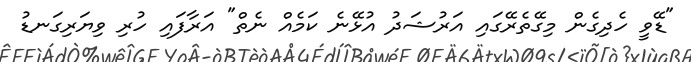
"ޑޭވީ ހެދިގެން މިގޭތެރޭގައި އަރުޝަދު އުޅޭނެ ކަމެއް ނެތް" އަރާފައި ހުރި ވިޔަރިގަނޑު